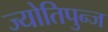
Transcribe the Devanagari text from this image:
ज्योतिपुन्ज